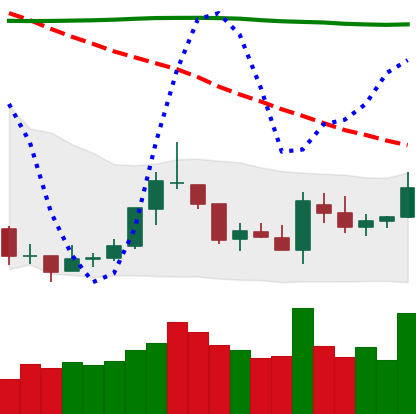
Ticker: TRX-USD
Chart end date: 2018-07-29
Forward return: -22.005%
Label: down_7plus